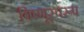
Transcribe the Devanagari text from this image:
विष्णूस्वरूप